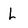
Character: L